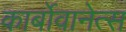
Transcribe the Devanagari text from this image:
कार्बोवानेत्स